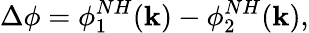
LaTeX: \Delta\phi=\phi_{1}^{NH}(\mathbf{k})-\phi_{2}^{NH}(\mathbf{k}),